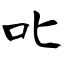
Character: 叱